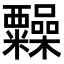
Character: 𥽹